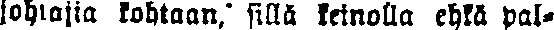
johtajia kohtaan, sillä keinolla ehkä pal-